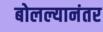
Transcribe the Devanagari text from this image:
बोलल्यानंतर